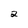
Character: 2